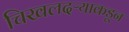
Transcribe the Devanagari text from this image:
चिखलदऱ्याकडून